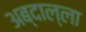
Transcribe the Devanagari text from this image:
अब्दाल्ला